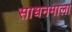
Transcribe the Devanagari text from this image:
साधनमाला